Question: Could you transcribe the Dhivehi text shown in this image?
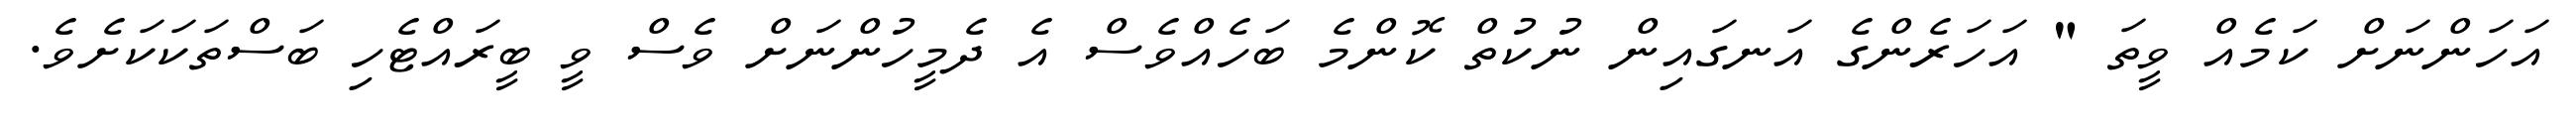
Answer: އަހަންނަށް ކަމެއް ވީތަ " އަހަރެންގެ އަނގައިން ނުކުތް ކޮންމެ ބަހެއްވެސް އެ ދެމީހުންނަށް ވެސް ވީ ބީރައްޓެހި ބަސްތަކަކަށެވެ.